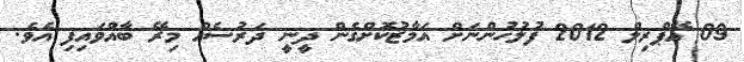
09 އޭޕްރިލް 2012 ފުލުހުންނަށް އަމާޒުކޮށްގެން ދީނީ ދަރުސެއް މިރޭ ބާއްވައިފި އެވެ.